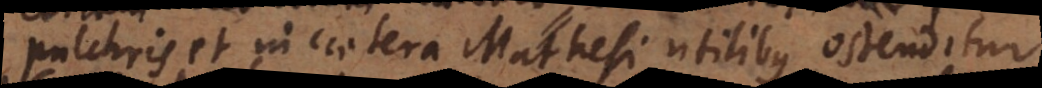
pulchris et in caetera Mathesi utilibus ostenditur.